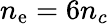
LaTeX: n_{\mathrm{e}}=6n_{c}